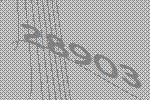
28903